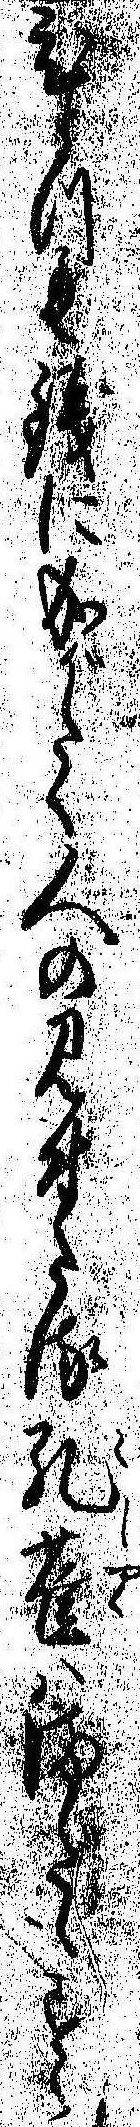
ひとつも銭に成がたく人の見付たる孔雀はまだもすた